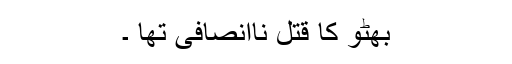
بھٹو کا قتل ناانصافی تھا ۔